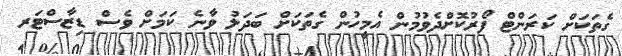
ގެތަކަށް ކަރަންޓް ފޯރުކޮށްދެވުމުން އެމީހުން ގެތަކަށް ބަދަލު ވާނެ ކަމަށް ވެސް ޑިޒާސްޓަރ